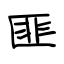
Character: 匪